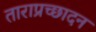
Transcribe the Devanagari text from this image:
ताराप्रच्छादन